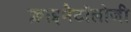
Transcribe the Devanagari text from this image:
क्लाइमैटॉलोजी